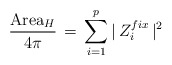
\begin{align*}\frac{\mbox{Area}_H}{4 \pi} \, = \, \sum_{i=1}^{p} \vert \, Z_i^{fix} \,\vert^2\end{align*}